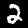
Label: 2